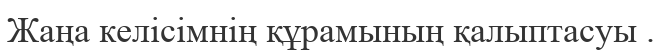
Жаңа келісімнің құрамының қалыптасуы .